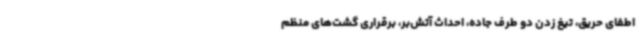
اطفای حریق، تیغ زدن دو طرف جاده، احداث آتش‌بر، برقراری گشت‌های منظم